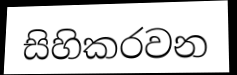
සිහිකරවන